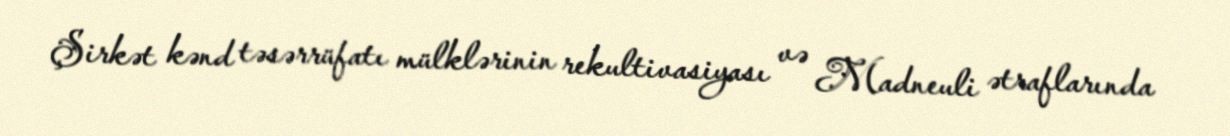
Şirkət kənd təsərrüfatı mülklərinin rekultivasiyası və Madneuli ətraflarında